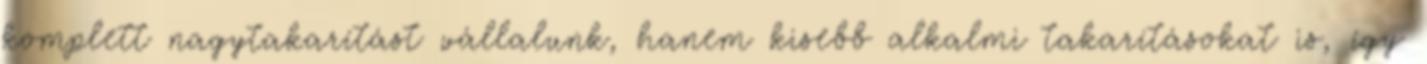
komplett nagytakarítást vállalunk, hanem kisebb alkalmi takarításokat is, így